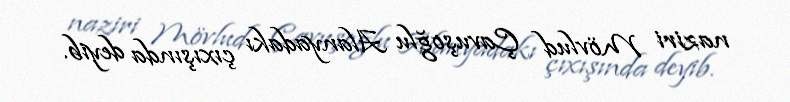
naziri Mövlud Çavuşoğlu Alanyadakı çıxışında deyib.